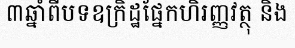
៣ឆ្នាំពីបទឧក្រិដ្ឋផ្នែកហិរញ្ញវត្ថុ និង